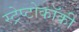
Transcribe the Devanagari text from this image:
स्ट्रेप्टोकॉकी